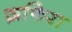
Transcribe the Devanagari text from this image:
ज़फिरा